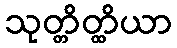
သုတ္တိတ္ထိယာ